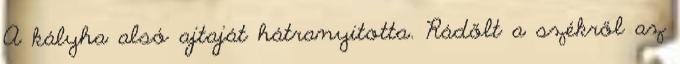
A kályha alsó ajtaját hátranyitotta. Rádőlt a székről az